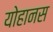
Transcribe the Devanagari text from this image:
योहानस